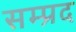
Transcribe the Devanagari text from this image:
सम्प्रद